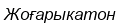
Жоғарыкатон